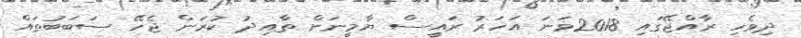
ދިވެހި ރާއްޖޭގައި 2018ވަނަ އަހަރު ރައީސް ޔާމީނަށް ތާއިދު ކުރަން ޖެހޭ ސަބަބުތައް